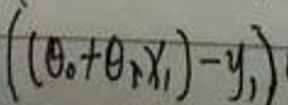
$\left(\left(\theta_0 + \theta_1 x_1\right) - y_1\right)$